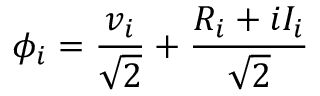
\phi _ { i } = \frac { v _ { i } } { \sqrt { 2 } } + \frac { R _ { i } + i I _ { i } } { \sqrt { 2 } } \nonumber